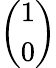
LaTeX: \left(\begin{array}{l}{1}\\ {0}\end{array}\right)